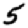
Digit: 5